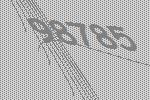
98785